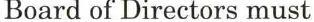
Board of Directors must